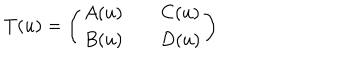
T ( u ) = \left( \begin{array} { c c c } { { A ( u ) } } & { { } } & { { C ( u ) } } \\ { { B ( u ) } } & { { } } & { { D ( u ) } } \\ \end{array} \right)